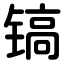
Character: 镐